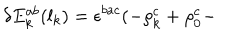
\delta E _ { k } ^ { a b } ( l _ { k } ) = \epsilon ^ { b a c } ( - \rho _ { k } ^ { c } + \rho _ { 0 } ^ { c } -